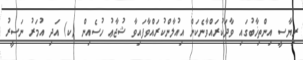
ރިޔާސީ އިންތިޚާބުގައި ވާދަކުރައްވާނެކަން އިއުލާންކުރައްވާފައިވާ ޝުޖާޢު ހުސެއިން (ކ) އަދި އުމަރު ނަސީރު